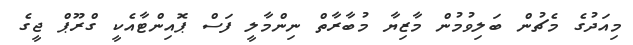
މިއަދުގެ މެޗުން ބަލިވުމުން މާޒިޔާ މުބާރާތް ނިންމާލީ ފަސް ޕޮއިންޓާއެކީ ގްރޫޕް ޖީގެ